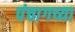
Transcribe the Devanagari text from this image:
पंचागच्या